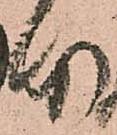
本